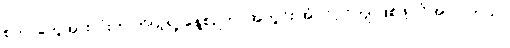
စတာတွေအားလုံးက ကိုယ့်ရဲ့ နေ့စဉ်ဘဝအတွင်း အံဝင်ဂွင်ကျ ဖြစ်ဖို့ လိုအပ်ပါတယ်။